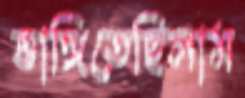
ভাঙ্গিতেছিলাম